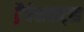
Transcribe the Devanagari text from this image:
ट्रैवेसाइट्स